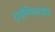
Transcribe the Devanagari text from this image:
ट्राईग्लिसराईड